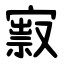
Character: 㝮